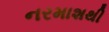
નરમાશથી